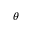
\theta